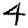
Digit: 4